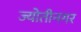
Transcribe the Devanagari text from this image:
ज्योतीनगर